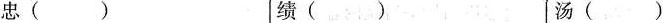
忠() 绩() 汤()